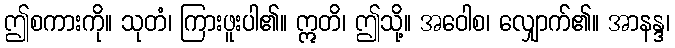
ဤစကားကို။ သုတံ၊ ကြားဖူးပါ၏။ ဣတိ၊ ဤသို့။ အဝေါစ၊ လျှောက်၏။ အာနန္ဒ၊